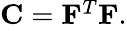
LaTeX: \begin{array}{r}{\mathbf{C}=\mathbf{F}^{T}\mathbf{F}.}\end{array}